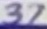
Text: 37